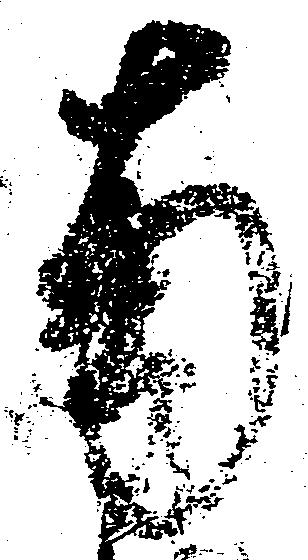
南